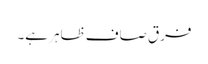
فرق صاف ظاہر ہے۔